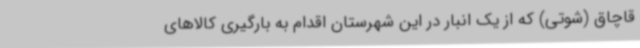
قاچاق (شوتی) که از یک انبار در این شهرستان اقدام به بارگیری کالاهای